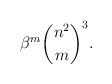
LaTeX: \begin{align*}\beta^{m}\binom{n^2}{m}^3.\end{align*}